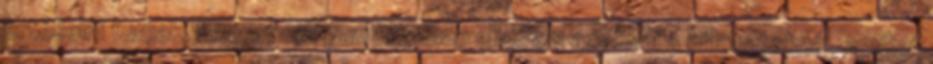
értékelni tudjak. Szeretnék gondolatban elidőzni azoknál a pillanatoknál, amiket